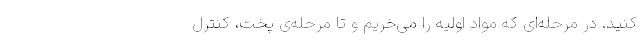
کنید. در مرحله‌ای که مواد اولیه را می‌خریم و تا مرحله‌ی پخت، کنترل